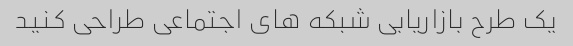
یک طرح بازاریابی شبکه های اجتماعی طراحی کنید